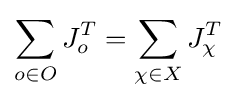
\sum _{o\in O}J_{o}^{T}=\sum _{\chi \in X}J_{\chi }^{T}